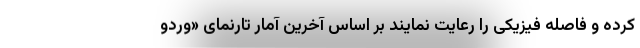
کرده و فاصله فیزیکی را رعایت نمایند بر اساس آخرین آمار تارنمای «وُردو